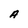
Character: A